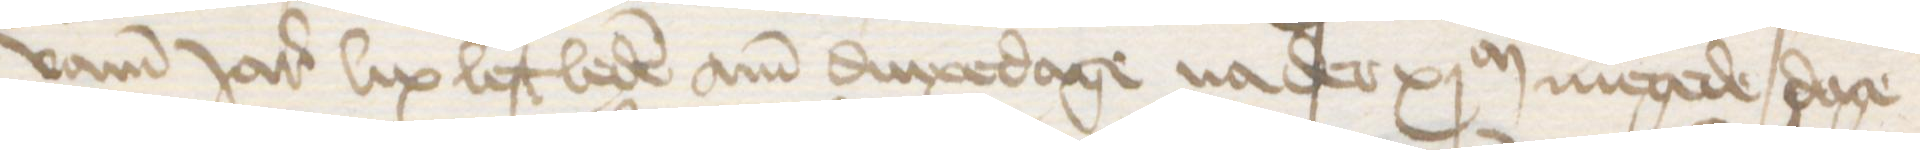
vamm Jares lix lest leden am dinxedage na der xjM megede dage